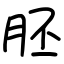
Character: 胚